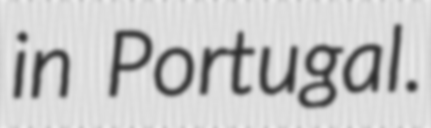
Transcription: in Portugal.